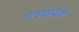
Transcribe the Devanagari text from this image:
ग्लासवर्क